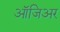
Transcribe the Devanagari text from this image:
ऑजिअर